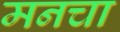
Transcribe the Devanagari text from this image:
मनचा